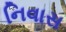
નિવાસ